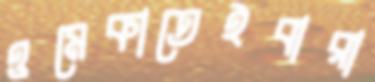
ওমেকাতেইবারা